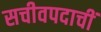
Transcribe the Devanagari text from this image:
सचीवपदाचीं